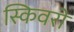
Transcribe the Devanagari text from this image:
स्किवरों